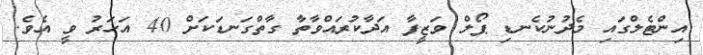
އިންޓެލްގައި މެދުނުކެނޑި ޕޯލް ވަޒީފާ އަދާކުރައްވާތާ ގާތްގަނޑަކަށް 40 އަހަރު ވީ އެވެ.